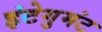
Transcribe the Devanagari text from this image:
इंटेगुमंट